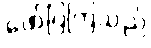
ဖော်ပြကြသည်